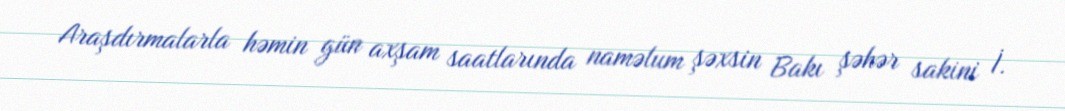
Araşdırmalarla həmin gün axşam saatlarında naməlum şəxsin Bakı şəhər sakini İ.